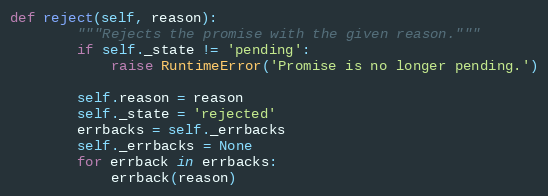
Language: Python
def reject(self, reason):
        """Rejects the promise with the given reason."""
        if self._state != 'pending':
            raise RuntimeError('Promise is no longer pending.')

        self.reason = reason
        self._state = 'rejected'
        errbacks = self._errbacks
        self._errbacks = None
        for errback in errbacks:
            errback(reason)